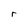
Character: r